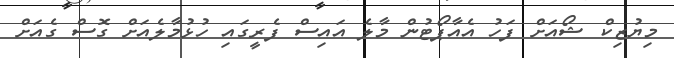
މިޔުޒިކް ޝޯއަށް ފަހު އެއާޕޯޓުން މާލެ އައިސް ފެރީގައި ހުޅުމާލެއަށް ގޮސް ގެއަށް